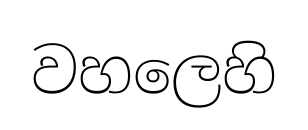
වහලෙහි